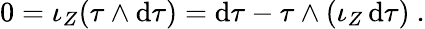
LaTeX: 0=\iota_{Z}(\tau\wedge\mathrm{d}\tau)=\mathrm{d}\tau-\tau\wedge(\iota_{Z}\, \mathrm{d}\tau)\ .